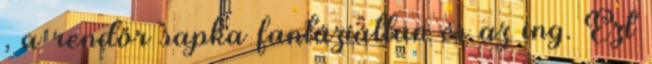
, a rendőr sapka fantáziátlan és az ing. Ezt